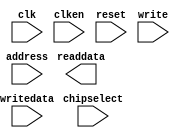
module onchip_memory2_0 (
                          // inputs:
                           address,
                           chipselect,
                           clk,
                           clken,
                           reset,
                           write,
                           writedata,

                          // outputs:
                           readdata
                        )
;

  parameter INIT_FILE = "../onchip_memory2_0.hex";


  output  [  7: 0] readdata;
  input   [ 16: 0] address;
  input            chipselect;
  input            clk;
  input            clken;
  input            reset;
  input            write;
  input   [  7: 0] writedata;

  wire    [  7: 0] readdata;
  wire             wren;
  assign wren = chipselect & write;
  //s1, which is an e_avalon_slave
  //s2, which is an e_avalon_slave

//synthesis translate_off
//////////////// SIMULATION-ONLY CONTENTS
  altsyncram the_altsyncram
    (
      .address_a (address),
      .clock0 (clk),
      .clocken0 (clken),
      .data_a (writedata),
      .q_a (readdata),
      .wren_a (wren)
    );

  defparam the_altsyncram.byte_size = 8,
           the_altsyncram.init_file = INIT_FILE,
           the_altsyncram.lpm_type = "altsyncram",
           the_altsyncram.maximum_depth = 100000,
           the_altsyncram.numwords_a = 100000,
           the_altsyncram.operation_mode = "SINGLE_PORT",
           the_altsyncram.outdata_reg_a = "UNREGISTERED",
           the_altsyncram.ram_block_type = "AUTO",
           the_altsyncram.read_during_write_mode_mixed_ports = "DONT_CARE",
           the_altsyncram.width_a = 8,
           the_altsyncram.widthad_a = 17;


//////////////// END SIMULATION-ONLY CONTENTS

//synthesis translate_on
//synthesis read_comments_as_HDL on
//  altsyncram the_altsyncram
//    (
//      .address_a (address),
//      .clock0 (clk),
//      .clocken0 (clken),
//      .data_a (writedata),
//      .q_a (readdata),
//      .wren_a (wren)
//    );
//
//  defparam the_altsyncram.byte_size = 8,
//           the_altsyncram.init_file = "onchip_memory2_0.hex",
//           the_altsyncram.lpm_type = "altsyncram",
//           the_altsyncram.maximum_depth = 100000,
//           the_altsyncram.numwords_a = 100000,
//           the_altsyncram.operation_mode = "SINGLE_PORT",
//           the_altsyncram.outdata_reg_a = "UNREGISTERED",
//           the_altsyncram.ram_block_type = "AUTO",
//           the_altsyncram.read_during_write_mode_mixed_ports = "DONT_CARE",
//           the_altsyncram.width_a = 8,
//           the_altsyncram.widthad_a = 17;
//
//synthesis read_comments_as_HDL off

endmodule